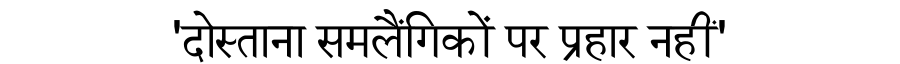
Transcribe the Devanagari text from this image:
'दोस्ताना समलैंगिकों पर प्रहार नहीं'